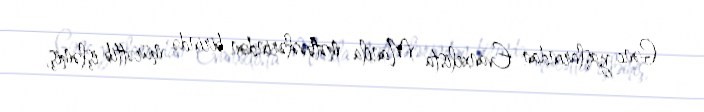
Gənc yaşlarından Evanxelista Manila mətbəələrindən birində mürəttib işləmiş,